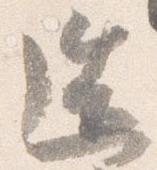
造